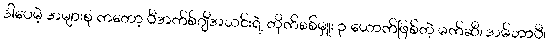
ဒါပေမဲ့ အများစု ကတော့ ပီအက်စ်ဂျီအသင်းရဲ့ တိုက်စစ်မှူး ၃ ယောက်ဖြစ်တဲ့ မက်ဆီ၊ အမ်ဘာပီ၊